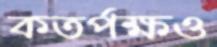
কতর্পক্ষও